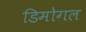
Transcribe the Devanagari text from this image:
डिमोगल